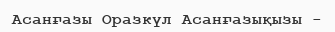
Асанғазы Оразкүл Асанғазықызы -